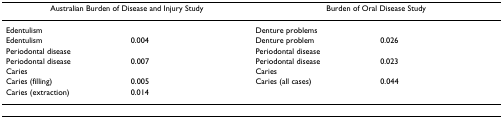
| <COLSPAN=2> Australian Burden of Disease and Injury Study | <COLSPAN=2> Burden of Oral Disease Study |
 | --- | --- | --- | --- |
 | Edentulism |  | Denture problems |  |
 | Edentulism | 0.004 | Denture problem | 0.026 |
 | Periodontal disease |  | Periodontal disease |  |
 | Periodontal disease | 0.007 | Periodontal disease | 0.023 |
 | Caries |  | Caries |  |
 | Caries (filling) | 0.005 | Caries (all cases) | 0.044 |
 | Caries (extraction) | 0.014 |  |  |